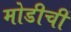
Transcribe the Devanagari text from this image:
मोडीचीं